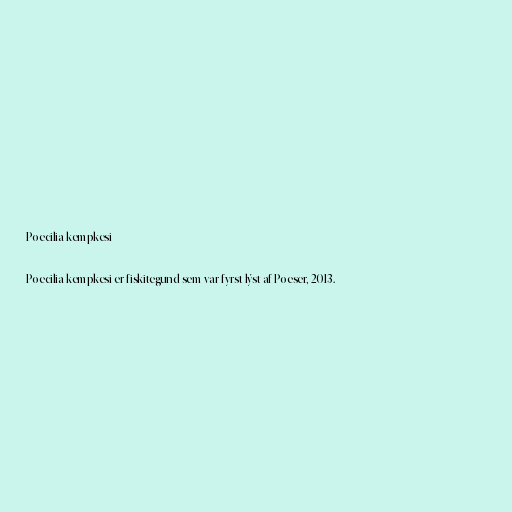
Poecilia kempkesi

Poecilia kempkesi er fiskitegund sem var fyrst lýst af Poeser, 2013.